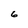
Character: 6